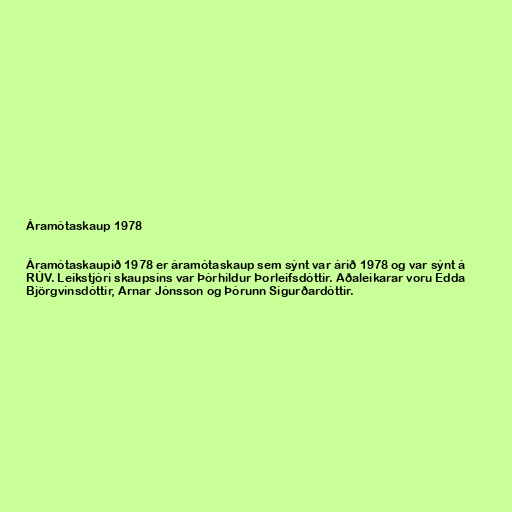
Áramótaskaup 1978

Áramótaskaupið 1978 er áramótaskaup sem sýnt var árið 1978 og var sýnt á
RÚV. Leikstjóri skaupsins var Þórhildur Þorleifsdóttir. Aðaleikarar voru Edda
Björgvinsdóttir, Arnar Jónsson og Þórunn Sigurðardóttir.